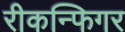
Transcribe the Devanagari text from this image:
रीकन्फिगर